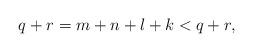
LaTeX: \begin{align*}q+r=m+n+l+k<q+r,\end{align*}